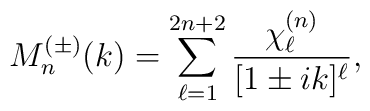
M^{(\pm)}_n(k)=\sum_{\ell=1}^{2n+2}\frac{\chi_{\ell}^{(n)}}{[1\pm ik]^{\ell}},